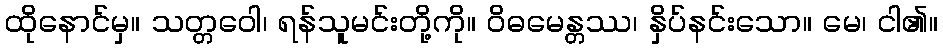
ထိုနောင်မှ။ သတ္တဝေါ၊ ရန်သူမင်းတို့ကို။ ဝိဓမေန္တဿ၊ နှိပ်နင်းသော။ မေ၊ ငါ၏။